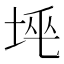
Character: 𡋸